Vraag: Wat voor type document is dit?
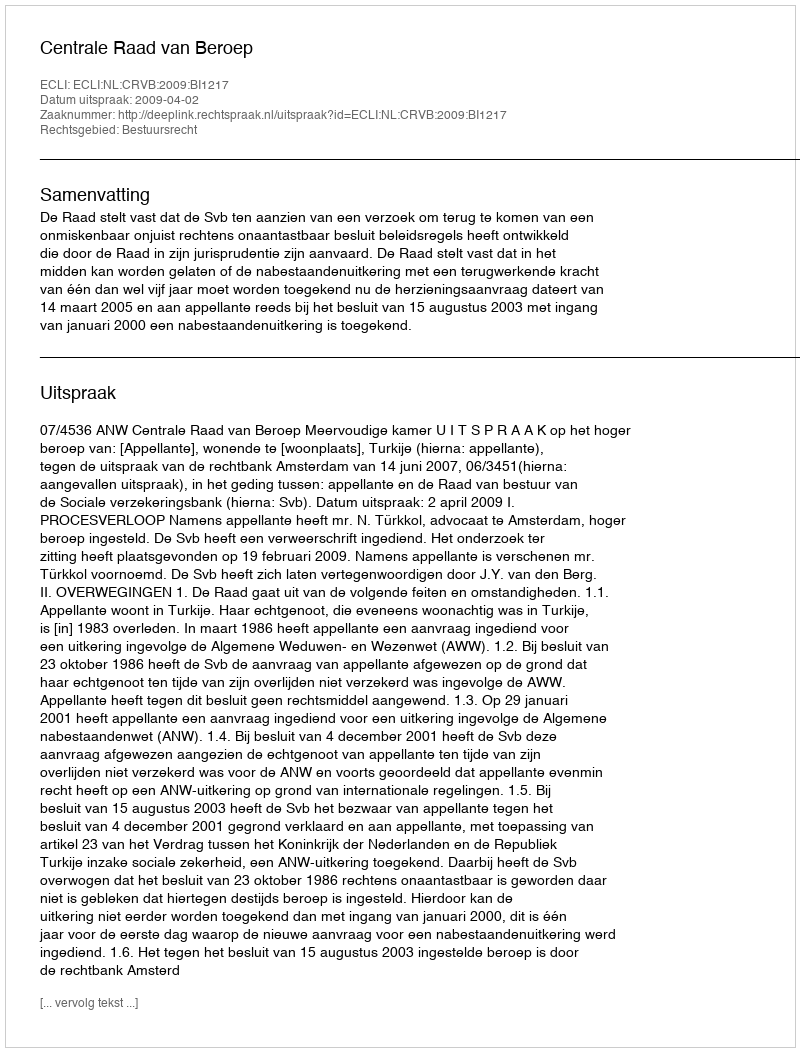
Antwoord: Uitspraak